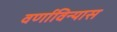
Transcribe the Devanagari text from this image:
वर्णाविन्यास